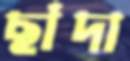
ছাঁদা